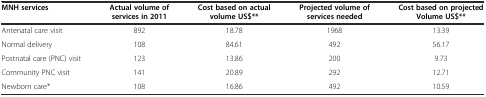
<table><thead><tr><td><b>MNH services</b></td><td><b>Actual volume of services in 2011</b></td><td><b>Cost based on actual volume US$**</b></td><td><b>Projected volume of services needed</b></td><td><b>Cost based on projected Volume US$**</b></td></tr></thead><tbody><tr><td>Antenatal care visit</td><td>892</td><td>18.78</td><td>1968</td><td>13.39</td></tr><tr><td>Normal delivery</td><td>108</td><td>84.61</td><td>492</td><td>56.17</td></tr><tr><td>Postnatal care (PNC) visit</td><td>123</td><td>13.86</td><td>200</td><td>9.73</td></tr><tr><td>Community PNC visit</td><td>141</td><td>20.89</td><td>292</td><td>12.71</td></tr><tr><td>Newborn care*</td><td>108</td><td>16.86</td><td>492</td><td>10.59</td></tr></tbody></table>